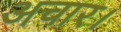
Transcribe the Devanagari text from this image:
अचार।